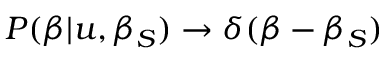
P ( \beta | u , \beta _ { S } ) \rightarrow \delta ( \beta - \beta _ { S } )